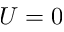
U = 0